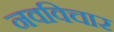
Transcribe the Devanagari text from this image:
नवविचार